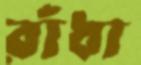
রাঁধা